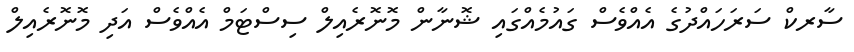
ސާރކް ސަރަހައްދުގެ އެއްވެސް ގައުމެއްގައި ޝޮނާން މޮނޮރެއިލް ސިސްޓަމް އެއްވެސް އަދި މޮނޮރެއިލް